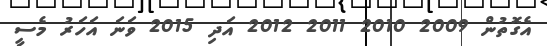
އެގޮތުން 2009 2010 2011 2012 އަދި 2015 ވަނަ އަހަރު މެސީ